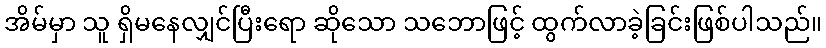
အိမ်မှာ သူ ရှိမနေလျှင်ပြီးရော ဆိုသော သဘောဖြင့် ထွက်လာခဲ့ခြင်းဖြစ်ပါသည်။